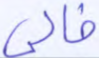
خالي